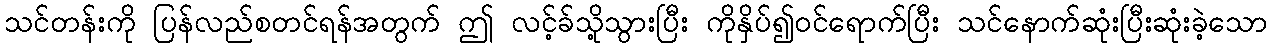
သင်တန်းကို ပြန်လည်စတင်ရန်အတွက် ဤ လင့်ခ်သို့သွားပြီး ကိုနှိပ်၍ဝင်ရောက်ပြီး သင်နောက်ဆုံးပြီးဆုံးခဲ့သော